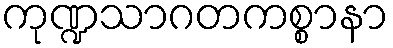
ကုဏ္ဍသာဂတကစ္စာနာ